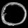
Digit: ၀